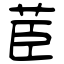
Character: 茞